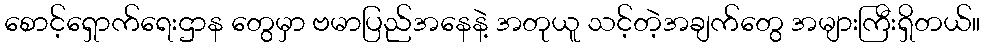
စောင့်ရှောက်ရေးဌာန တွေမှာ ဗမာပြည်အနေနဲ့ အတုယူ သင့်တဲ့အချက်တွေ အများကြီးရှိတယ်။